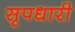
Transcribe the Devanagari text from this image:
सृपधारी